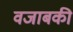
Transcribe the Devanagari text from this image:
वजाबकी